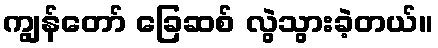
ကျွန်တော် ခြေဆစ် လွဲသွားခဲ့တယ်။